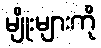
မျိုးများကို